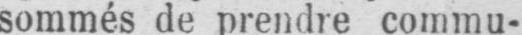
sommés de prendre commu-